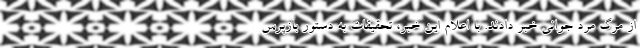
از مرگ مرد جوانی خبر دادند. با اعلام این خبر، تحقیقات به دستور بازپرس